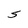
Character: S